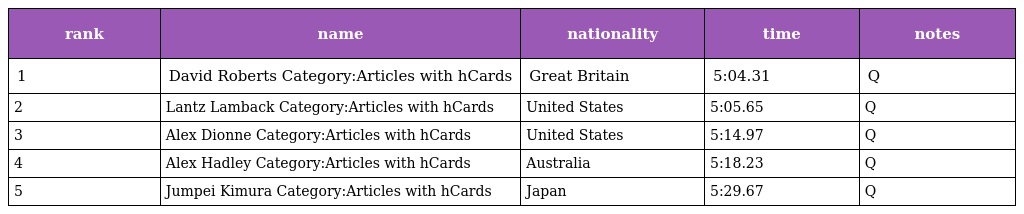
| rank | name | nationality | time | notes |
 | --- | --- | --- | --- | --- |
 | 1 | David Roberts Category:Articles with hCards | Great Britain | 5:04.31 | Q |
 | 2 | Lantz Lamback Category:Articles with hCards | United States | 5:05.65 | Q |
 | 3 | Alex Dionne Category:Articles with hCards | United States | 5:14.97 | Q |
 | 4 | Alex Hadley Category:Articles with hCards | Australia | 5:18.23 | Q |
 | 5 | Jumpei Kimura Category:Articles with hCards | Japan | 5:29.67 | Q |